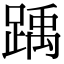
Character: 踽